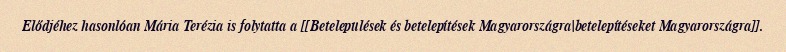
Elődjéhez hasonlóan Mária Terézia is folytatta a [[Betelepülések és betelepítések Magyarországra|betelepítéseket Magyarországra]].